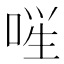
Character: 𪡚